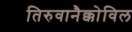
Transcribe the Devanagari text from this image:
तिरुवानैक्कोविल